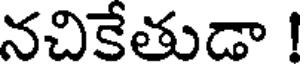
నచికేతుడా !